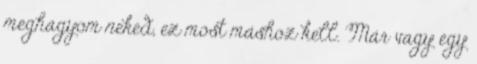
meghagyom neked, ez most máshoz kell. Már vagy egy